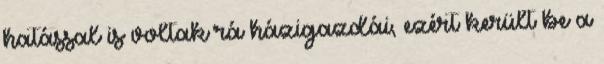
hatással is voltak rá házigazdái, ezért került be a